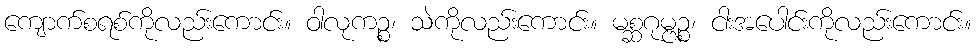
ကျောက်စရစ်ကိုလည်းကောင်း။ ဝါလုကဉ္စ၊ သဲကိုလည်းကောင်း။ မစ္ဆဂုမ္ဗဉ္စ၊ ငါးအပေါင်းကိုလည်းကောင်း။